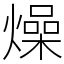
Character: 燥